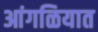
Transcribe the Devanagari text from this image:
आंगळियात